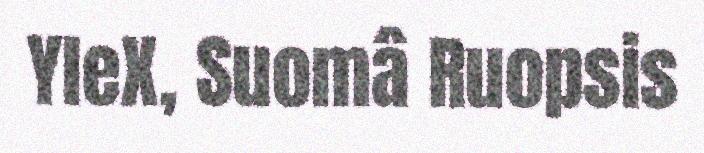
YleX, Suomâ Ruopsis